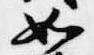
如